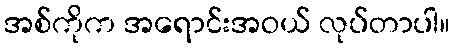
အစ်ကိုက အရောင်းအဝယ် လုပ်တာပါ။